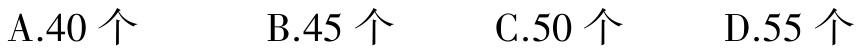
A.40 个 \quad B.45 个 \quad C.50 个 \quad D.55 个